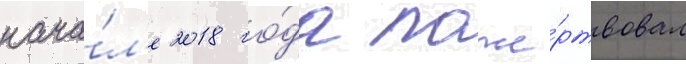
нача́л'е 2018 го́да поже́ртвовал